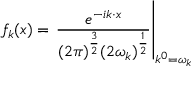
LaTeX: f _ { k } ( x ) = \left. { \frac { e ^ { - i k \cdot x } } { ( 2 \pi ) ^ { \frac { 3 } { 2 } } ( 2 \omega _ { k } ) ^ { \frac { 1 } { 2 } } } } \right| _ { k ^ { 0 } = \omega _ { k } }